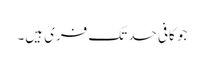
جو کافی حد تک فری ہیں۔